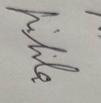
Signature authenticity: genuine